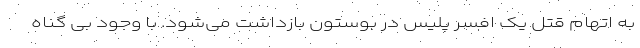
به اتهام قتل یک افسر پلیس در بوستون بازداشت می‌شود. با وجود بی گناه